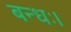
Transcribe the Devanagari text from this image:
बन्धः।